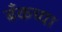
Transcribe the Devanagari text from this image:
बँकच्या